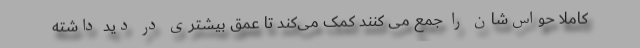
کاملا حواس‌شان را جمع می کنند کمک می‌کند تا عمق بیشتری در دید داشته